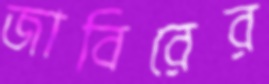
জাবিরের